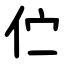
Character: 伫